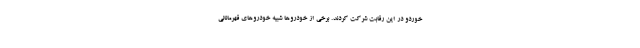
خوردو در این رقابت شرکت کردند. برخی از خودروها شبیه خودروهای قهرمانانی